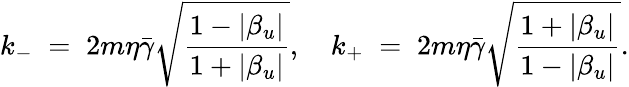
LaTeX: k_{-}\; =\; 2m\eta\bar{\gamma}\sqrt{{\frac{1-|\beta_{u}|}{1+|\beta_{u}|}}},\quad k_{+}\; =\; 2m\eta\bar{\gamma}\sqrt{{\frac{1+|\beta_{u}|}{1-|\beta_{u}|}}}.